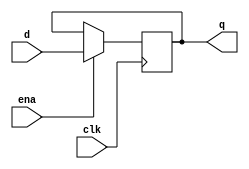
module register
#(
    parameter SIZE = 4
)
(
    input                          ena, 
    input                          clk,
    input      [SIZE - 1 : 0]      d,
    output reg [SIZE - 1 : 0]      q
);
    always @ (posedge clk)
	if (ena) 
            q <= d;
endmodule    

module lab7_1
#(
	parameter DATA_WIDTH=4, 
	parameter ADDR_WIDTH=2
)
(
    input                          clk,
    input      [6:0]               SW,
    output     [3:0]               LEDR
);

	reg        [3:0]               w_we;          //DC output for write enable
	reg        [3:0]               mux_out;       //mux out 
	wire	   [(DATA_WIDTH-1):0]  reg0;          //output register 0
	wire	   [(DATA_WIDTH-1):0]  reg1;          //output register 1
	wire	   [(DATA_WIDTH-1):0]  reg2;          //output register 2
	wire	   [(DATA_WIDTH-1):0]  reg3;          //output register 3
	
	// DC
	always @(SW[6:4])
		begin
			if (SW[6]) 
				case (SW[5:4])
					2'b00    :    w_we = 4'b0001;
					2'b01    :    w_we = 4'b0010;
					2'b10    :    w_we = 4'b0100;
					2'b11    :    w_we = 4'b1000;
					default	 :    w_we = 4'b0000;
				endcase
			else 
				w_we = 4'b0000;
		end
	
	//mux
	always @*
    case (SW[5:4])
        2'b00    :    mux_out = reg0;
        2'b01    :    mux_out = reg1;
        2'b10    :    mux_out = reg2; 
        2'b11    :    mux_out = reg3;
		default	 :    mux_out = 4'b0000;
    endcase

	assign LEDR = mux_out;
	
	register #(4) register0 (.ena(w_we[0]), .clk(clk), .d(SW[3:0]), .q(reg0));
	register #(4) register1 (.ena(w_we[1]), .clk(clk), .d(SW[3:0]), .q(reg1));
	register #(4) register2 (.ena(w_we[2]), .clk(clk), .d(SW[3:0]), .q(reg2));
	register #(4) register3 (.ena(w_we[3]), .clk(clk), .d(SW[3:0]), .q(reg3));
	
	
endmodule